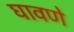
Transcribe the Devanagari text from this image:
घावणे